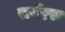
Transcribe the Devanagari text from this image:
सर्बेरस